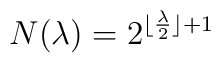
N(\lambda) = 2^{\lfloor \frac{\lambda}{2} \rfloor + 1}